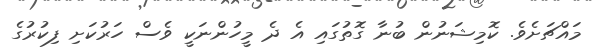
މައްޗަށެވެ. ކޮމިޝަނުން ބުނާ ގޮތުގައި އެ ދެ މީހުންނަކީ ވެސް ހަރުކަށި ފިކުރުގެ